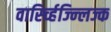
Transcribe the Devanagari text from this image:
वार्स्च्हिज्न्लिज्क